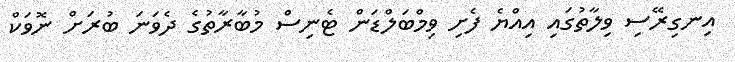
އިނގިރޭސި ވިލާތުގައި އިއްޔެ ފެށި ވިމްބަލްޑަން ޓެނިސް މުބާރާތުގެ ދެވަނަ ބުރަށް ނޮވަކް